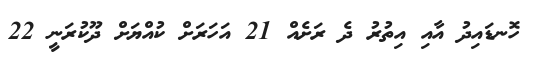
ހޮނޑައިދު އާއި އިތުރު ދެ ރަށެއް 21 އަހަރަށް ކުއްޔަށް ދޫކުރަނީ 22